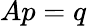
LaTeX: Ap=q